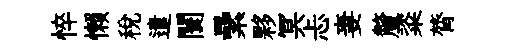
悴懒税遣闤纍夥冥忐妻釐粢膂